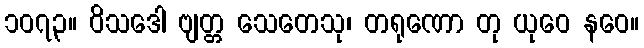
၁၀၇၃။ ဝိသဒေါ ဗျတ္တ သေတေသု၊ တရုဏော တု ယုဝေ နဝေ။